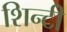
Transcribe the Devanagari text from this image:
शिन्टी